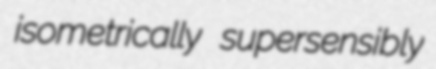
isometrically supersensibly